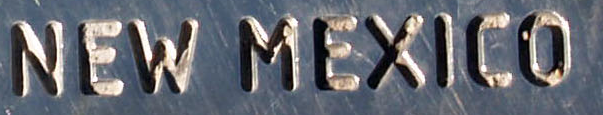
NEW MEXICO